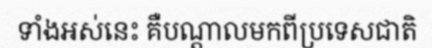
ទាំងអស់នេះ គឺបណ្តាលមកពីប្រទេសជាតិ